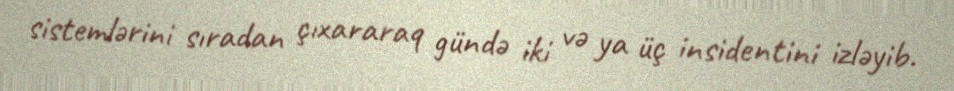
sistemlərini sıradan çıxararaq gündə iki və ya üç insidentini izləyib.